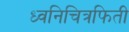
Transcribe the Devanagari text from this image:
ध्वनिचित्रफिती